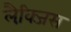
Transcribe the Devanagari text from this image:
लैक्जि़स